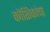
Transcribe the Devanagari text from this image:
कोशिकांचा